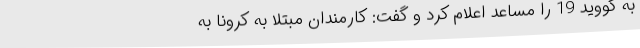
به کووید 19 را مساعد اعلام کرد و گفت: کارمندان مبتلا به کرونا به